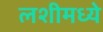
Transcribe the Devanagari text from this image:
लशीमध्ये